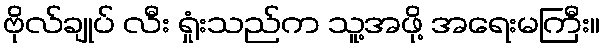
ဗိုလ်ချုပ် လီး ရှုံးသည်က သူ့အဖို့ အရေးမကြီး။